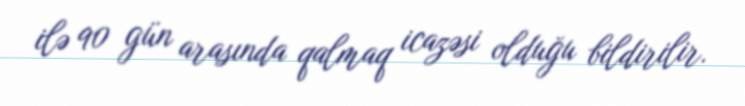
ilə 90 gün arasında qalmaq icazəsi olduğu bildirilir.